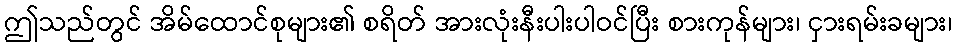
ဤသည်တွင် အိမ်ထောင်စုများ၏ စရိတ် အားလုံးနီးပါးပါဝင်ပြီး စားကုန်များ၊ ငှားရမ်းခများ၊